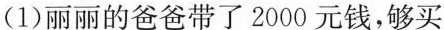
(1)丽丽的爸爸带了2000元钱，够买